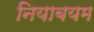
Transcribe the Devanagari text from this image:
नियाबयम